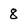
Character: 8